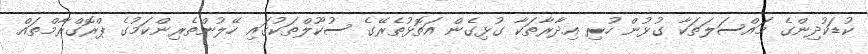
ކުޑަކުދިންގެ މައްސަލަތަކާ ގުޅުން ހުރި އިދާރާތަކާ ގުޅިގެން އަތޮޅުތެރޭގެ ސުކޫލްތަކުގައި ހޭލުންތެރިންކަމުގެ ޕްރޮގްރާމްތައް